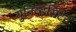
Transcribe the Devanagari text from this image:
युनिव्हर्सिटेट